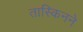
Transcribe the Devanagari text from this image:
तास्किनने